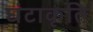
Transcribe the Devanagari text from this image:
घंटाकृति